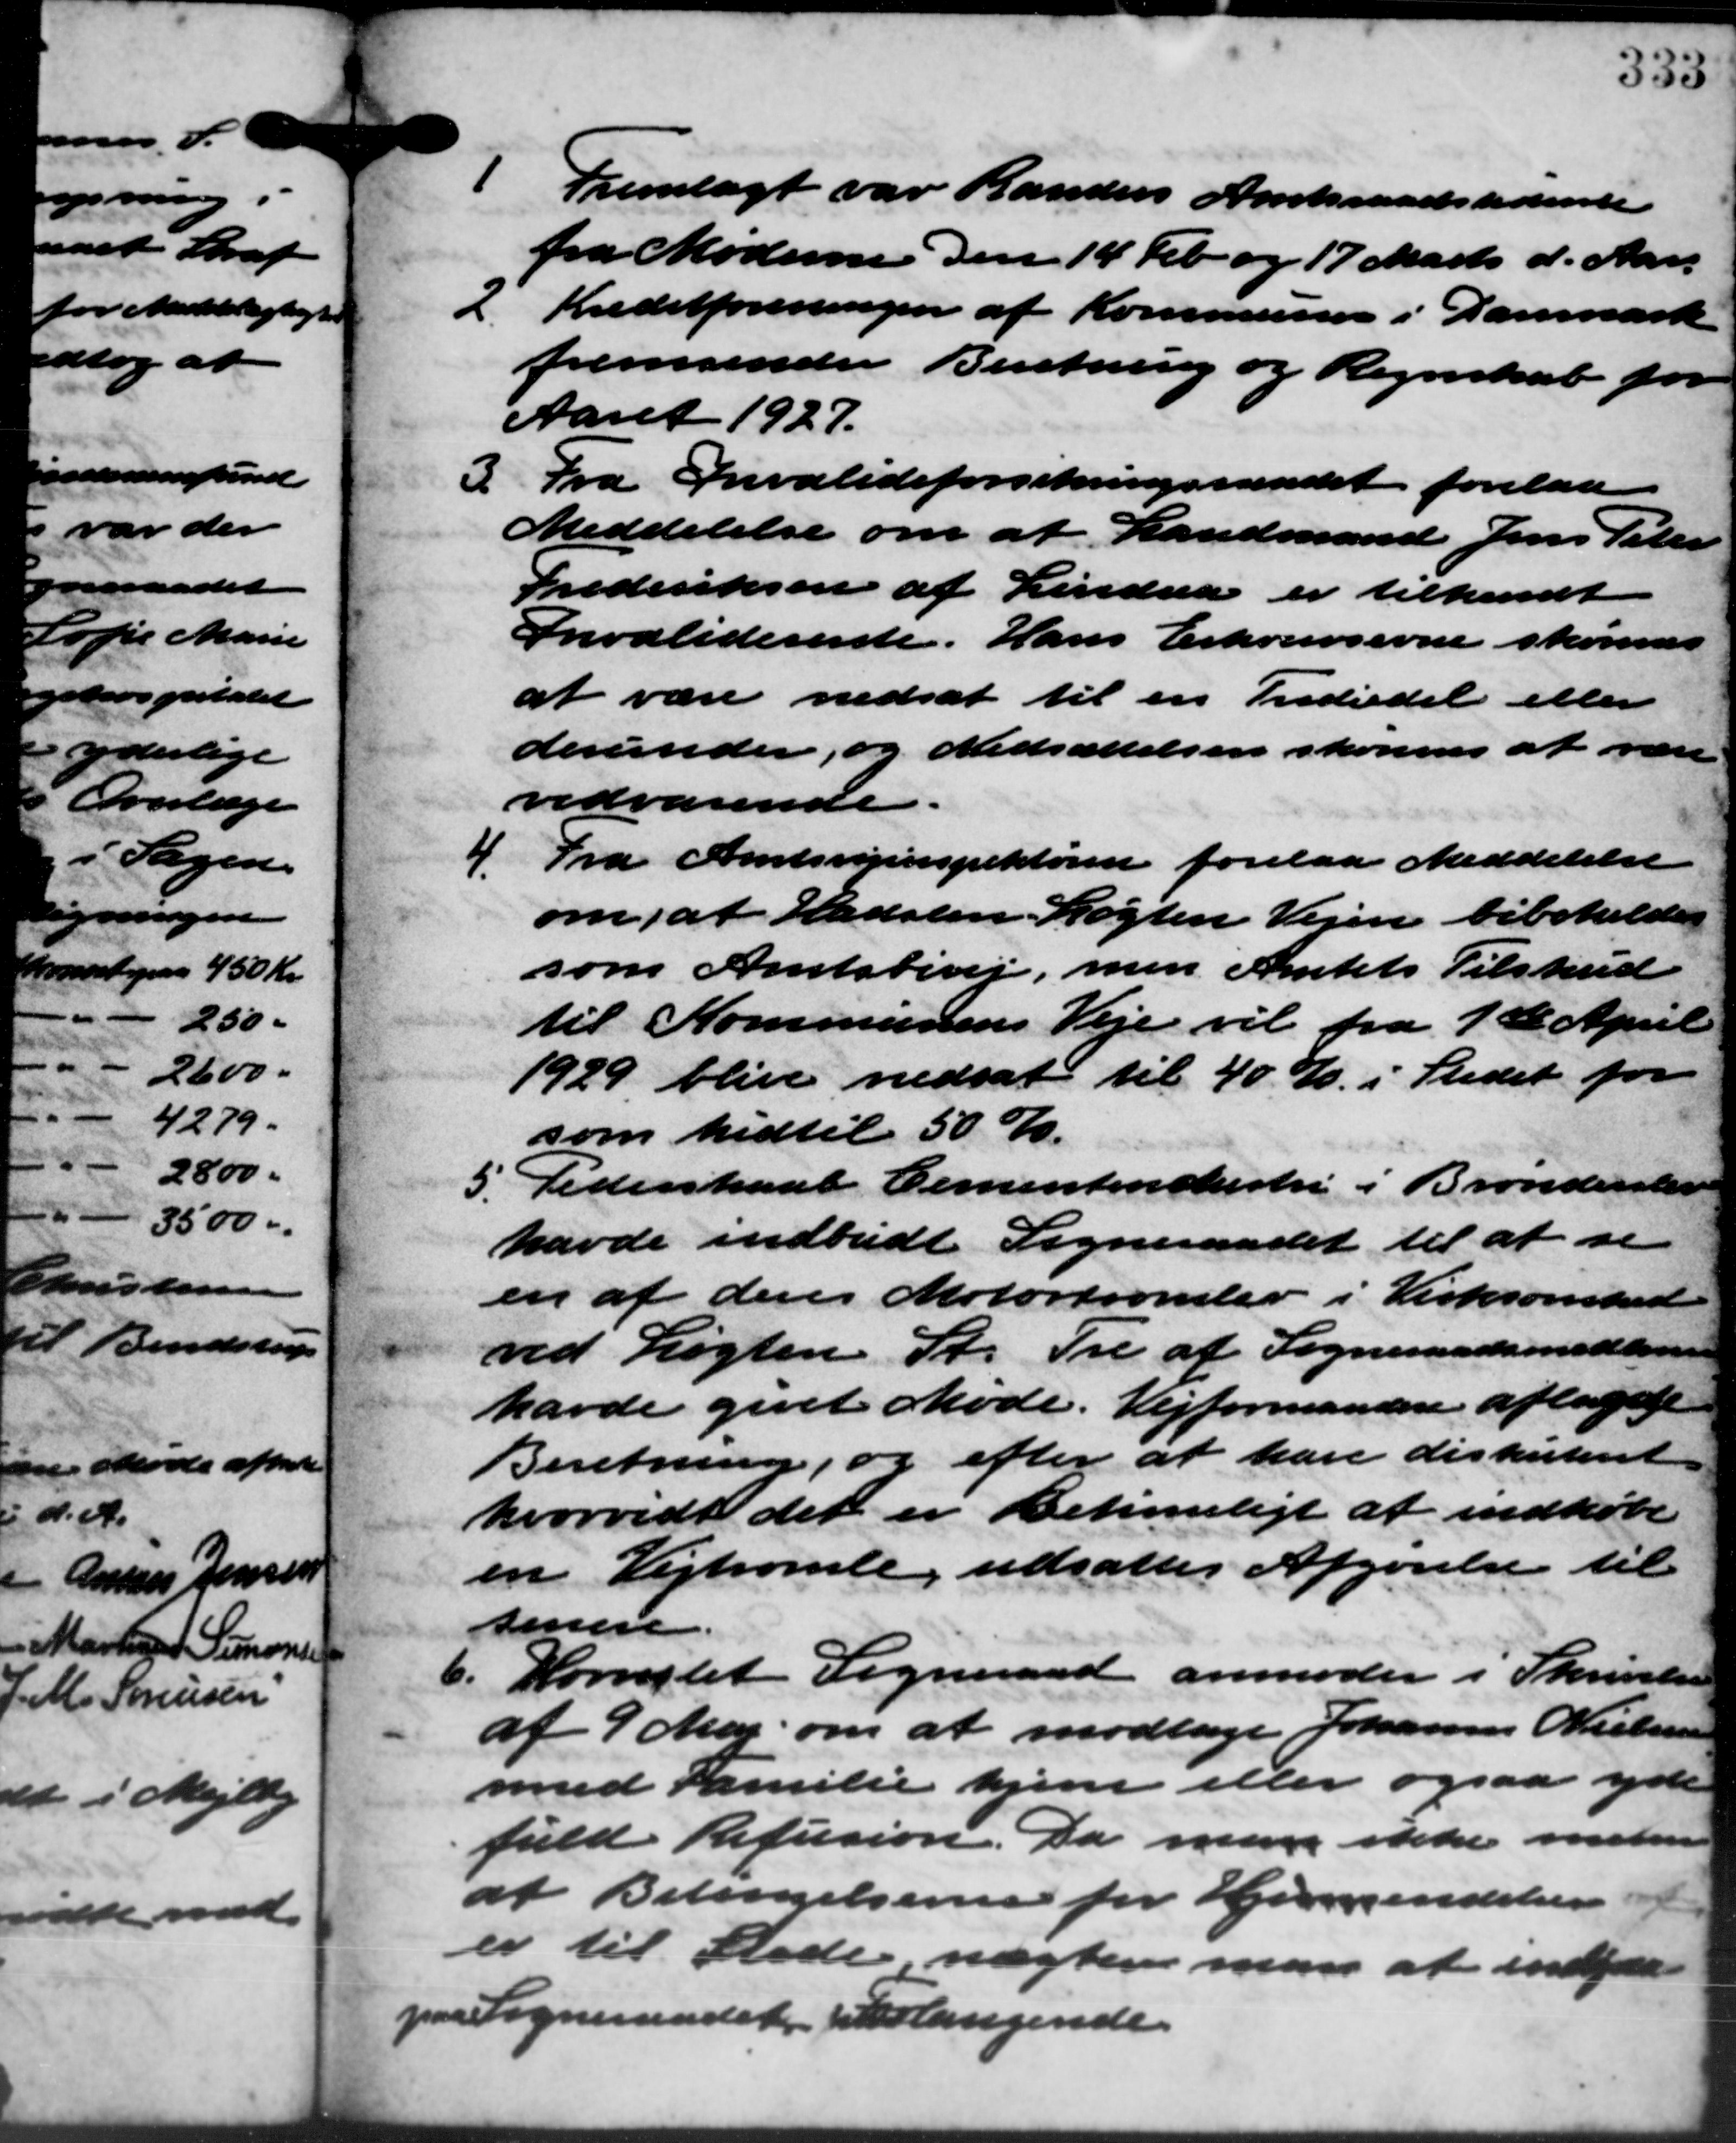
Transskription:
Fremlagt var Randers Amtsraadstidente
fra Moderne den 14 Feb. og 17 Marts d. Aar.
2 Kreditforeningen af Kommunen i Danmark
2 Kreditforeningen af Kommunen i Danmark
fremsender Beretning og Regnskab for
Aaret 1927.
3 Fra Invalideforsikringsraadet forelaa
3 Fra Invalideforsikringsraadet forelaa
Meddelelse om at Landmand Jens Peter
Frederiksen af Lindaa er tilkendt
Invaliderente. Hans Erhvervsevne skønnes
at være nedsat til en Indiedel eller
derunder, og Nedsættelsen skønnes at være
vedvarende.
4. Fra Amtsvejinspektøren forelaa Meddelelse
4. Fra Amtsvejinspektøren forelaa Meddelelse
om, at Hadsten. Løgten Vejen bibeholdes
som Amtsbivej, men Amtets Tilskud
til Kommunens Veje vil fra 1ste April
1929 blive nedsat til 40 %. i Stedet for
som hidtil 50 %.
5. Pederskabt Cementenchestre i Brønderster
5. Pederskabt Cementenchestre i Brønderster
havde indbudt Sogneraadet til at se
en af deres Motortromler i Virksomhed
ved Løgten St. Tre af Sogneraadsmedlemm
havde givet Møde. Vejformanden aflagde
Beretning, og efter at have diskuteret
hvorvidt det er behanligt at indkøbe
en Vejtromle, udsattes Afgørelse til
senere
6. Hornslet Sogneraad anmoder i Skrivelse
6. Hornslet Sogneraad anmoder i Skrivelse
af 9 Maj om at modtage Johannes Nielsen
md Familie hjem eller ogsaa yde
fuld Refusion. Da man ikke meden
at Betingelserne for Hjemsendelser
r til Stede, nægter man at indpaa-
paa Sogneraadet erlangende